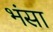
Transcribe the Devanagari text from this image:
भंसा